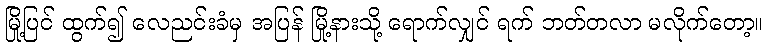
မြို့ပြင် ထွက်၍ လေညင်းခံမှ အပြန် မြို့နားသို့ ရောက်လျှင် ရက် ဘတ်တလာ မလိုက်တော့။